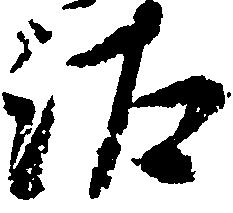
汰